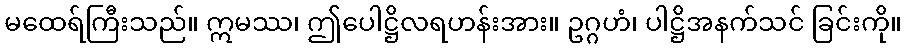
မထေရ်ကြီးသည်။ ဣမဿ၊ ဤပေါဋ္ဌိလရဟန်းအား။ ဥဂ္ဂဟံ၊ ပါဋ္ဌိအနက်သင် ခြင်းကို။